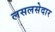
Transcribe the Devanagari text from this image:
लसलसेदार